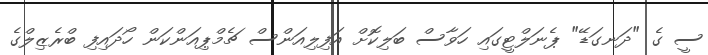
ސީ ގެ "ދަނގަޑޭ" ޕެނަލްޓީގައި ހަވާސް ބަލިކޮށް އަފިލިއަންސް ޗެމްޕިއަންކަން ހޯދައިފި ބްރެޒިލްގެ